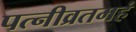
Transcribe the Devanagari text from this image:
पत्नीव्रतमहं